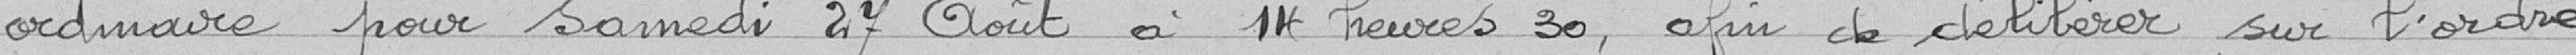
ordinaire pour samedi 27 août à 14 heures, afin de délibérer sur l'ordre